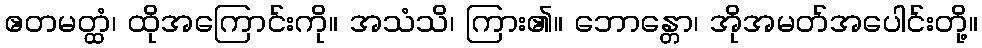
ဧတမတ္ထံ၊ ထိုအကြောင်းကို။ အသံသိ၊ ကြား၏။ ဘောန္တော၊ အိုအမတ်အပေါင်းတို့။